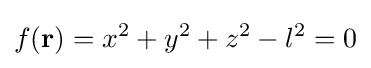
f(\mathbf {r} )=x^{2}+y^{2}+z^{2}-l^{2}=0